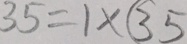
3 5 = 1 \times ( 3 5